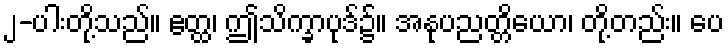
၂-ပါးတို့သည်။ ဧတ္ထ၊ ဤသိက္ခာပုဒ်၌။ အနုပညတ္တိယော၊ တို့တည်း။ ပေ